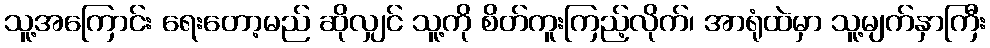
သူ့အကြောင်း ရေးတော့မည် ဆိုလျှင် သူ့ကို စိတ်ကူးကြည့်လိုက်၊ အာရုံထဲမှာ သူ့မျက်နှာကြီး